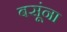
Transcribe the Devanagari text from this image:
बसूंना